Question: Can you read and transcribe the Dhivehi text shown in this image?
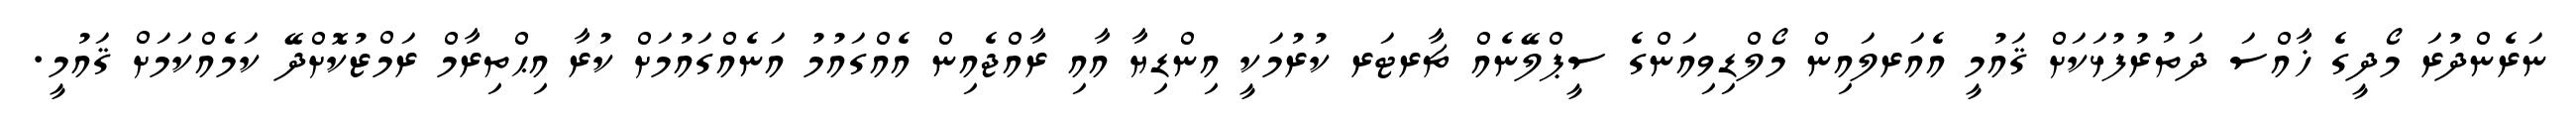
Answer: ނަރެންދުރަ މޯދީގެ ޚާއްސަ ދަތުރުފުޅަކަށް ޤައުމީ އެއަރލައިން މޯލްޑިވިއަންގެ ސީޕްލޭނެއް ޗާރޓަރ ކުރުމަކީ އިންޑިޔާ އާއި ރާއްޖެއިން އެއްގައުމު އަނެއްގައުމަށް ކުރާ އިޙްތިރާމް ރަމްޒުކޮށްދޭ ކަމެއްކަމަށް ޤައުމީ.